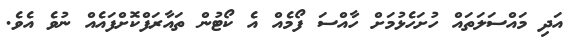
އަދި މައްސަލަތައް ހުށަހެޅުމަށް ހާއްސަ ފޯމެއް އެ ކޯޓުން ތައާރަފްކޮށްފައެއް ނުވެ އެވެ.